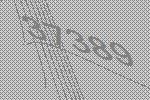
37389